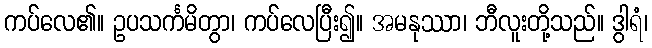
ကပ်လေ၏။ ဥပသင်္ကမိတွာ၊ ကပ်လေပြီး၍။ အမနုဿာ၊ ဘီလူးတို့သည်။ ဒွါရံ၊